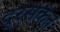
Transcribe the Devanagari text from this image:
दूरसंकेत